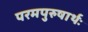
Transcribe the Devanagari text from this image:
परमपुरुषार्थः